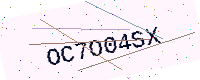
Text: OC7O04SX